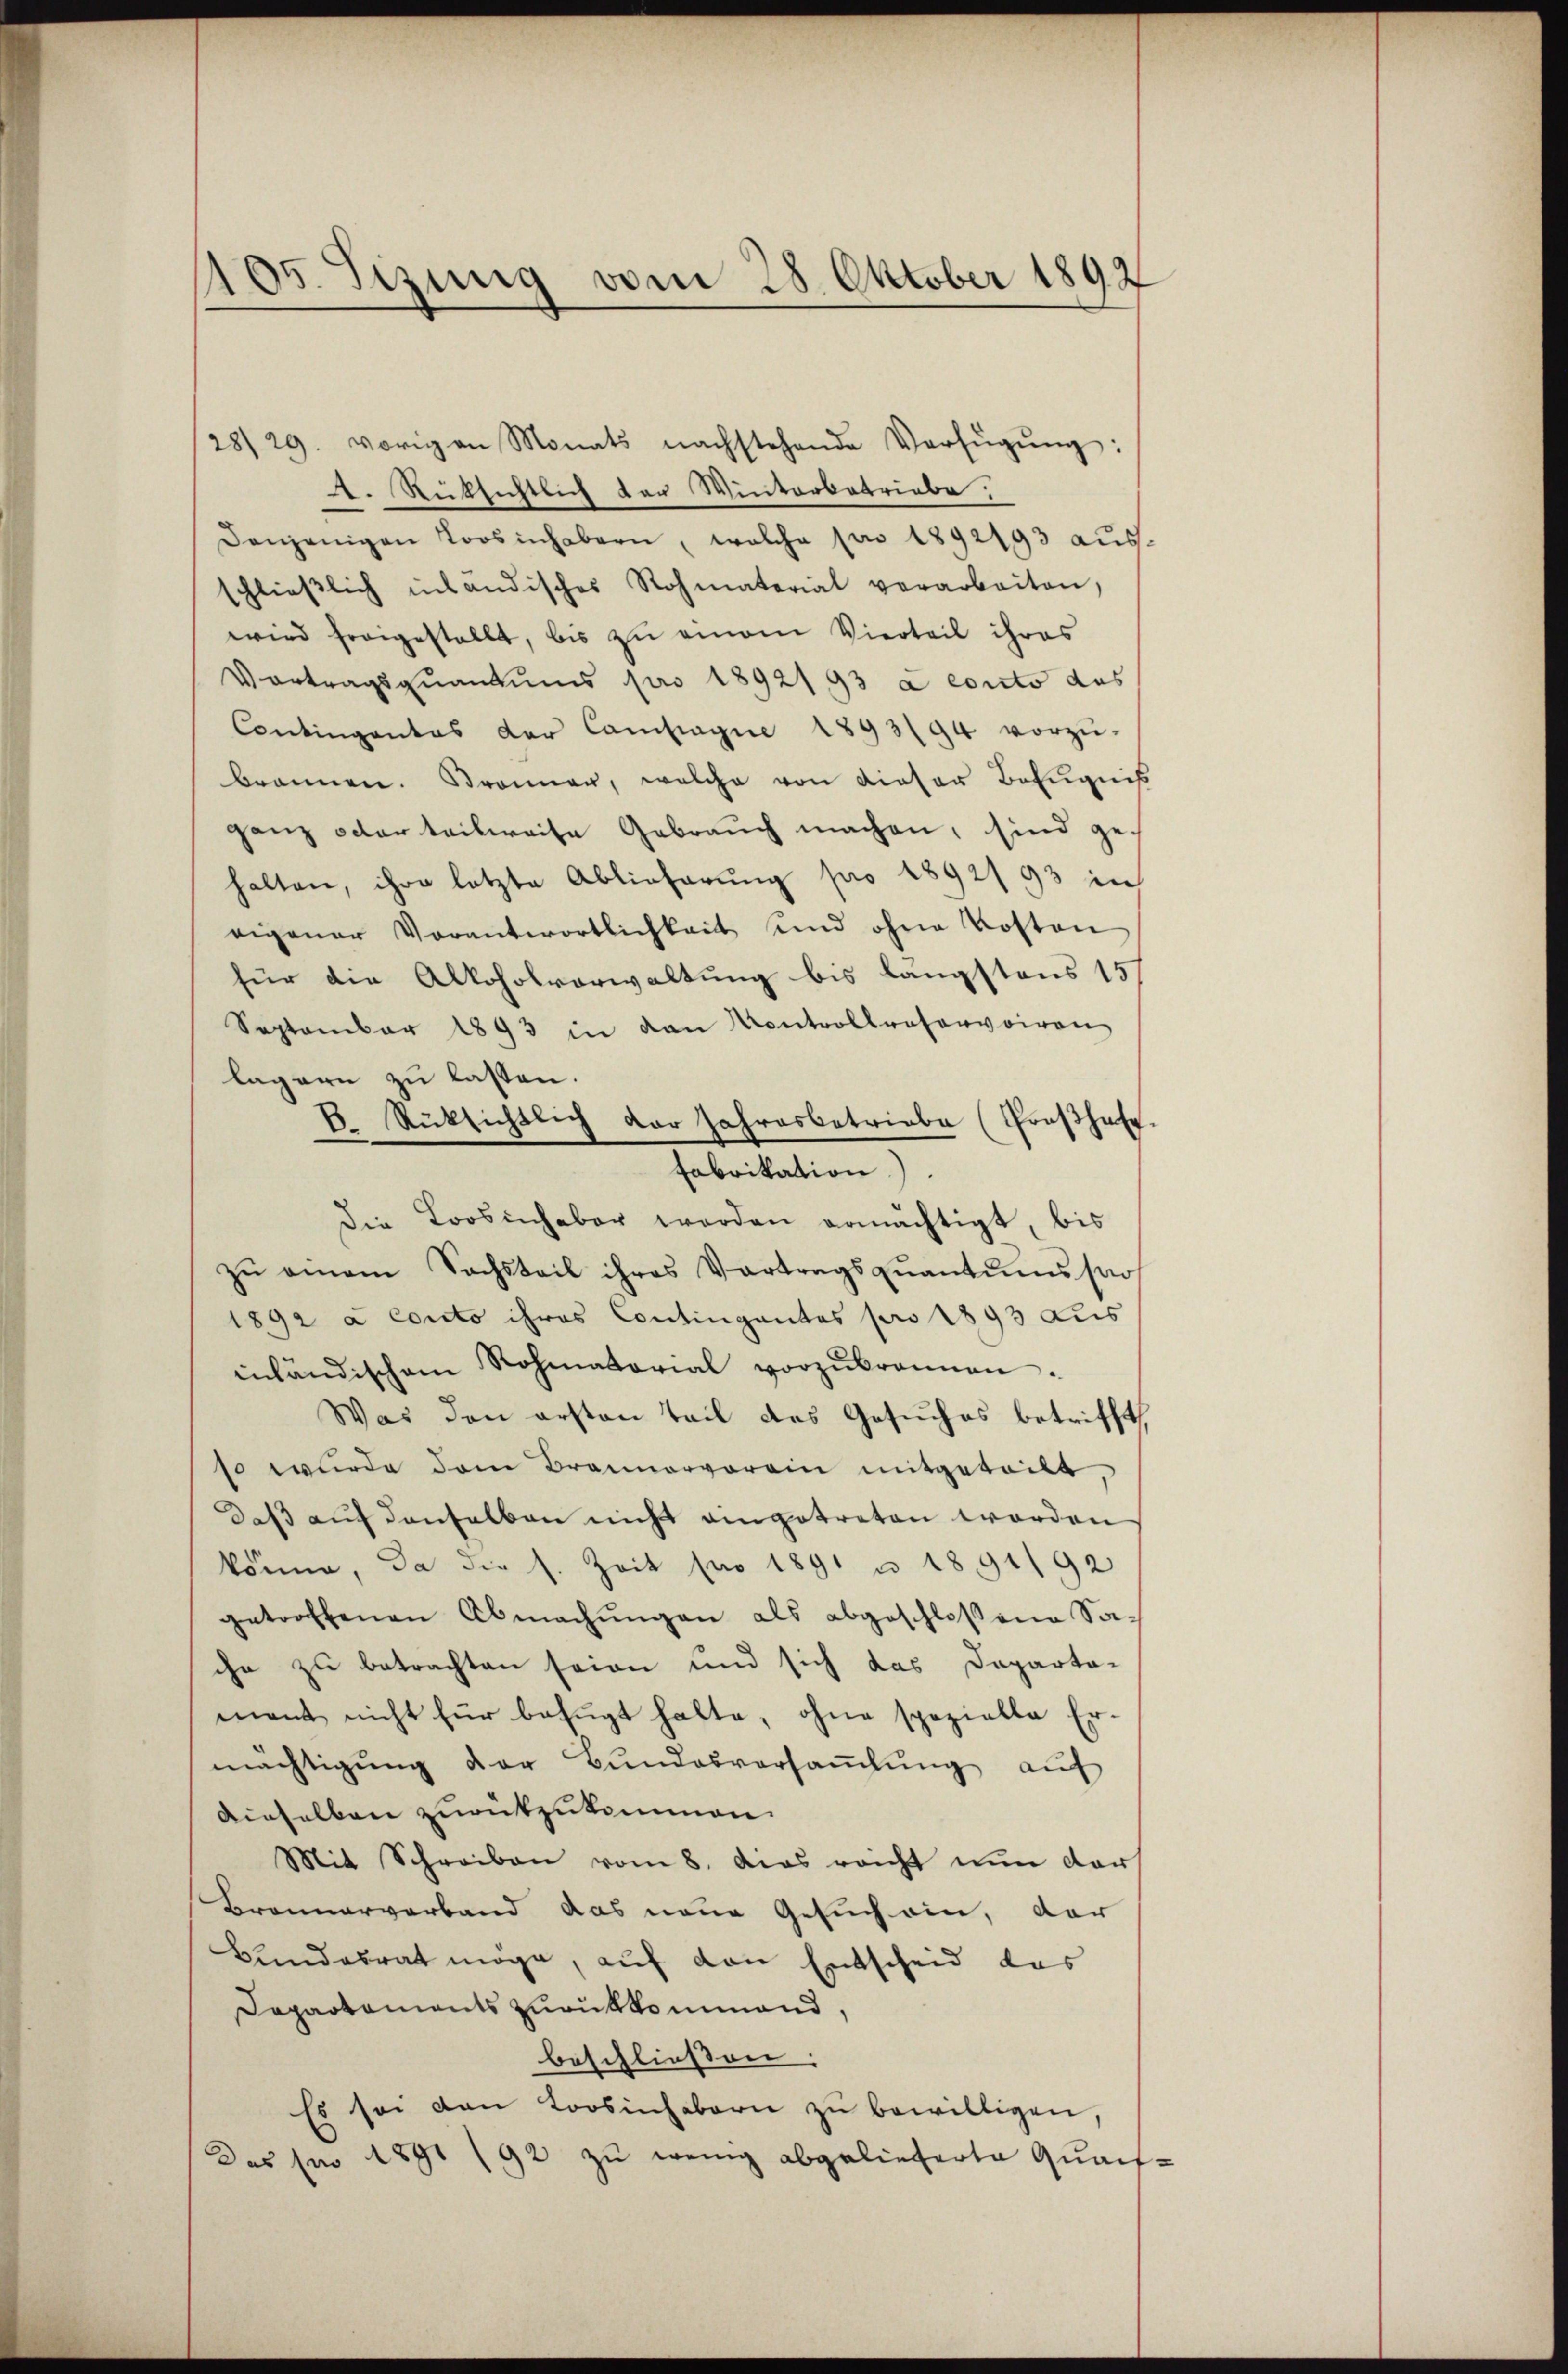
5. Sizung vom 28. Oktober 1892
d

28/29. vorigen Monats nachstehende Verfügŭng:
A. Rücksichtlich der Winterbetriebe:
Denjenigen Loosinhabern, welche pro 1892193 aus.
schlieβlich inländisches Rohmaterial verarbeiten,
wird freigestellt, bis zŭ einem Vierteil ihres
Vortragsquantums pro 1892193 a conto das
Contingantes der Campagne 1893/94 vorzŭ-
brannen. Strenner, welche von dieser Befugnis
ganz oder teilweise Gebrauch machen, sind gehalten, ihre letzte Ablieferŭng pro 1892/93 in
eigener Vorantwortlichkeit und ohne Kosten
für die Alkoholverwaltung bis längstens 15
September 1893 in den Kontrollroservoiren
lagern zu lassen.
die Loosinhaber werden ermächtigt, bis
zŭ einem Sachsteil ihres Vortragsqŭantŭmssar
1892 à conto ihres Contingantas pro 1893 aus
inländischem Rohmatorial vorzŭbronnen.
Was den ersten Teil des Gesuches betrifft,
so wurde dem Brannorverein mitgeteilt,
daß auf denselben nicht angetreten worden
könne, da die s. Zeit pro 1891 u 1891/92
getroffenen Abmachŭngen als abgeschlossene Sache zu betrachten seien und sich das Departamant nicht für befugt halte, ohne spezielle Ermächtigung der Bundesversammlung auf
dieselben zurückzukommen.
Mit Schreiben vom 8. das reicht nun dar
Brannarverband das neue Gesuch ein, der
kundesrat möge, auf den Entscheid das
Dapartaments zurükkommand,
beschließen:
Es sei den Loosinhabern zu bewilligen,
Das hin 1891/92 zu wenig abgelieferte Quaif¬

b. Rücksichtlich der Jahresbetriebe (Groβhaf-
Fabrikation